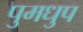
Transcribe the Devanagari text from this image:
पुमधुप